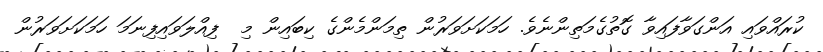
ކުރައްވައި އަންގަވާފައިވާ ގޮތުގެމަތިންނެވެ. ހަމަކަށަވަރުން ތިމަންމެންގެ ކިބައިން މި  ފިއްލަވައިފިނަމަ ހަމަކަށަވަރުން